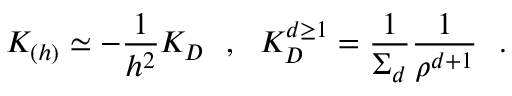
K _ { ( h ) } \simeq - { \frac { 1 } { h ^ { 2 } } } K _ { D } ~ ~ , ~ ~ K _ { D } ^ { d \geq 1 } = { \frac { 1 } { \Sigma _ { d } } } { \frac { 1 } { \rho ^ { d + 1 } } } ~ ~ .